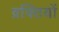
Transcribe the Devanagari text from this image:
व्रक्तियों